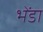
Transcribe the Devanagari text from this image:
भेंडा